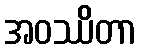
အဝဿိတာ